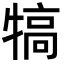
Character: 犒